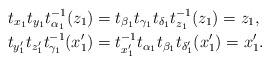
LaTeX: \begin{align*}t_{x_1} t_{y_1} t_{\alpha_1}^{-1} (z_1) &= t_{\beta_1} t_{\gamma_1} t_{\delta_1} t_{z_1}^{-1} (z_1) = z_1, \\t_{y_1^\prime} t_{z_1^\prime} t_{\gamma_1}^{-1} (x_1^\prime) &= t_{x_1^\prime}^{-1} t_{\alpha_1} t_{\beta_1} t_{\delta_1^\prime} (x_1^\prime) = x_1^\prime. \end{align*}